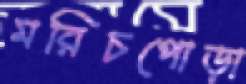
মরিচপোড়া